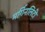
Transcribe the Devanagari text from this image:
मर्गिनलिटी